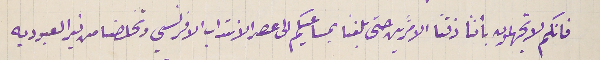
فانكم لا تجهلون بأننا ذقنا الامرَّين حتى بلغنا بمساعيكم الى عصر الانتداب الافرنسي وتخلصنا من نير العبوديه